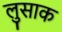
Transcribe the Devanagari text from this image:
लुसाक